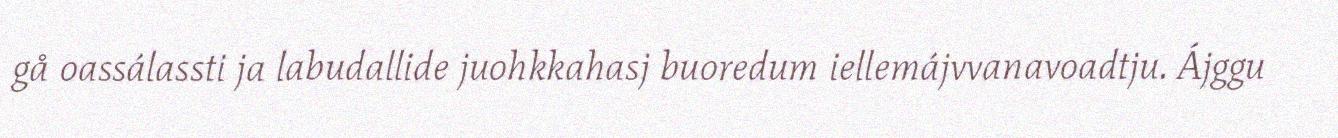
gå oassálassti ja labudallide juohkkahasj buoredum iellemájvvanavoadtju. Ájggu